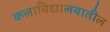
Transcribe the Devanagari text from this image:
कलाविद्यालयातील